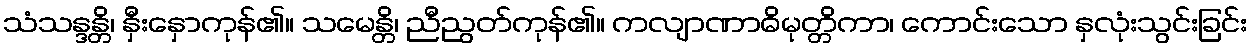
သံသန္ဒန္တိ၊ နှီးနှောကုန်၏။ သမေန္တိ၊ ညီညွတ်ကုန်၏။ ကလျာဏာဓိမုတ္တိကာ၊ ကောင်းသော နှလုံးသွင်းခြင်း